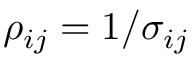
\rho _ { i j } = 1 / \sigma _ { i j }